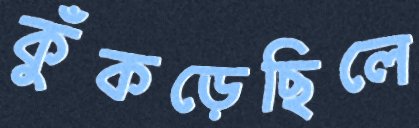
কুঁকড়েছিলে